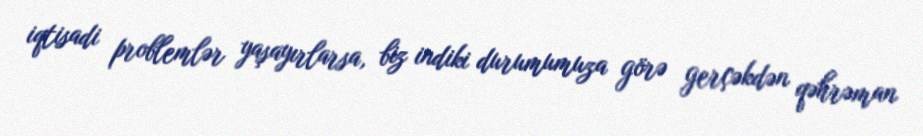
iqtisadi problemlər yaşayırlarsa, biz indiki durumumuza görə gerçəkdən qəhrəman